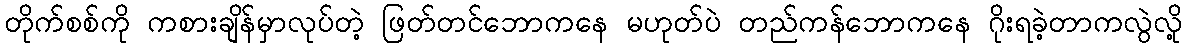
တိုက်စစ်ကို ကစားချိန်မှာလုပ်တဲ့ ဖြတ်တင်ဘောကနေ မဟုတ်ပဲ တည်ကန်ဘောကနေ ဂိုးရခဲ့တာကလွဲလို့